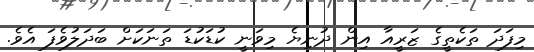
މިފަދަ ތަކެތީގެ ޒަރީއާ އިން ދުނިޔެ މިވަނީ ކުޑަކުޑަ ތަނަކަށް ބަދަލުވެފަ އެވެ.